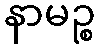
နာမဉ္စ